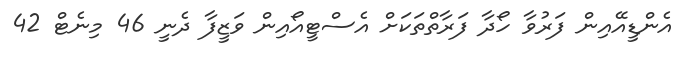
އެންޑީއޭއިން ފަރުވާ ހޯދާ ފަރާތްތަކަށް އެސްޓީއޯއިން ވަޒީފާ ދެނީ 46 މިނެޓް 42